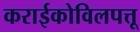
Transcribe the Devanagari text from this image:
कराईकोविलपत्तू